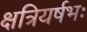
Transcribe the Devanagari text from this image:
क्षत्रियर्षभः